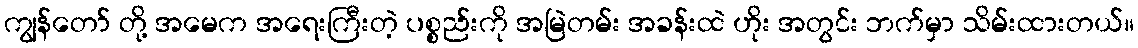
ကျွန်တော် တို့ အမေက အရေးကြီးတဲ့ ပစ္စည်းကို အမြဲတမ်း အခန်းထဲ ဟိုး အတွင်း ဘက်မှာ သိမ်းထားတယ်။